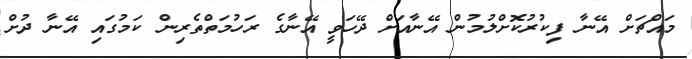
މައްޗަށް އޭނާ ފިކުރުކޮށްލުމުން އޭނާއަށް ދޭހަވީ އޭނާގެ ރަހުމަތްތެރިން ކަމުގައި އޭނާ ދުށް